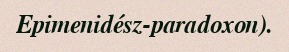
Epimenidész-paradoxon).